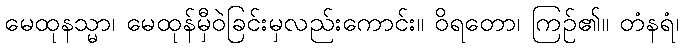
မေထုနသ္မာ၊ မေထုန်မှီဝဲခြင်းမှလည်းကောင်း။ ဝိရတော၊ ကြဉ်၏။ တံနရံ၊